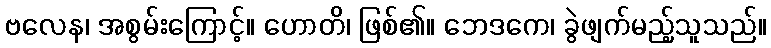
ဗလေန၊ အစွမ်းကြောင့်။ ဟောတိ၊ ဖြစ်၏။ ဘေဒကေ၊ ခွဲဖျက်မည့်သူသည်။